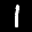
Label: 1